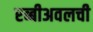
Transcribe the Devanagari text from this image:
रब्बीअवलची